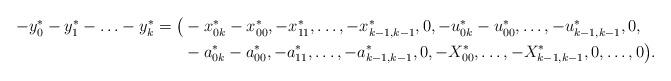
LaTeX: \begin{align*}\begin{aligned}-y^*_0-y^*_1-\ldots-y^*_k=\big(&-x^*_{0k}-x^*_{00},-x^*_{11},\ldots,-x^*_{k-1,k-1},0,-u^*_{0k}-u^*_{00},\ldots,-u^*_{k-1,k-1},0,\\&-a^*_{0k}-a^*_{00},-a^*_{11},\ldots,-a^*_{k-1,k-1},0,-X^*_{00},\ldots,-X^*_{k-1,k-1},0,\ldots,0\big).\end{aligned}\end{align*}